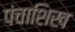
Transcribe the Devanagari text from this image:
पंचाशिख